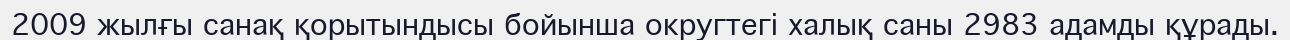
2009 жылғы санақ қорытындысы бойынша округтегі халық саны 2983 адамды құрады.